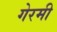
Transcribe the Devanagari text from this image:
गेरमी